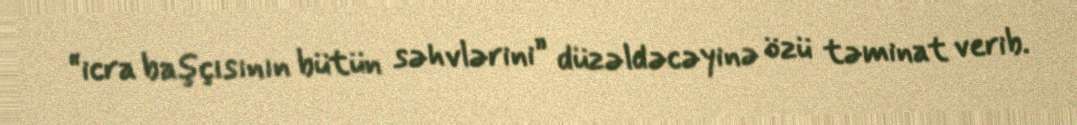
“icra başçısının bütün səhvlərini” düzəldəcəyinə özü təminat verib.